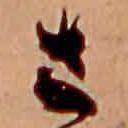
さ